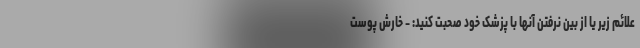
علائم زیر یا از بین نرفتن آنها با پزشک خود صحبت کنید: - خارش پوست